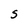
Character: S